V__Kingissepa_nim__kolhoos, lk 24
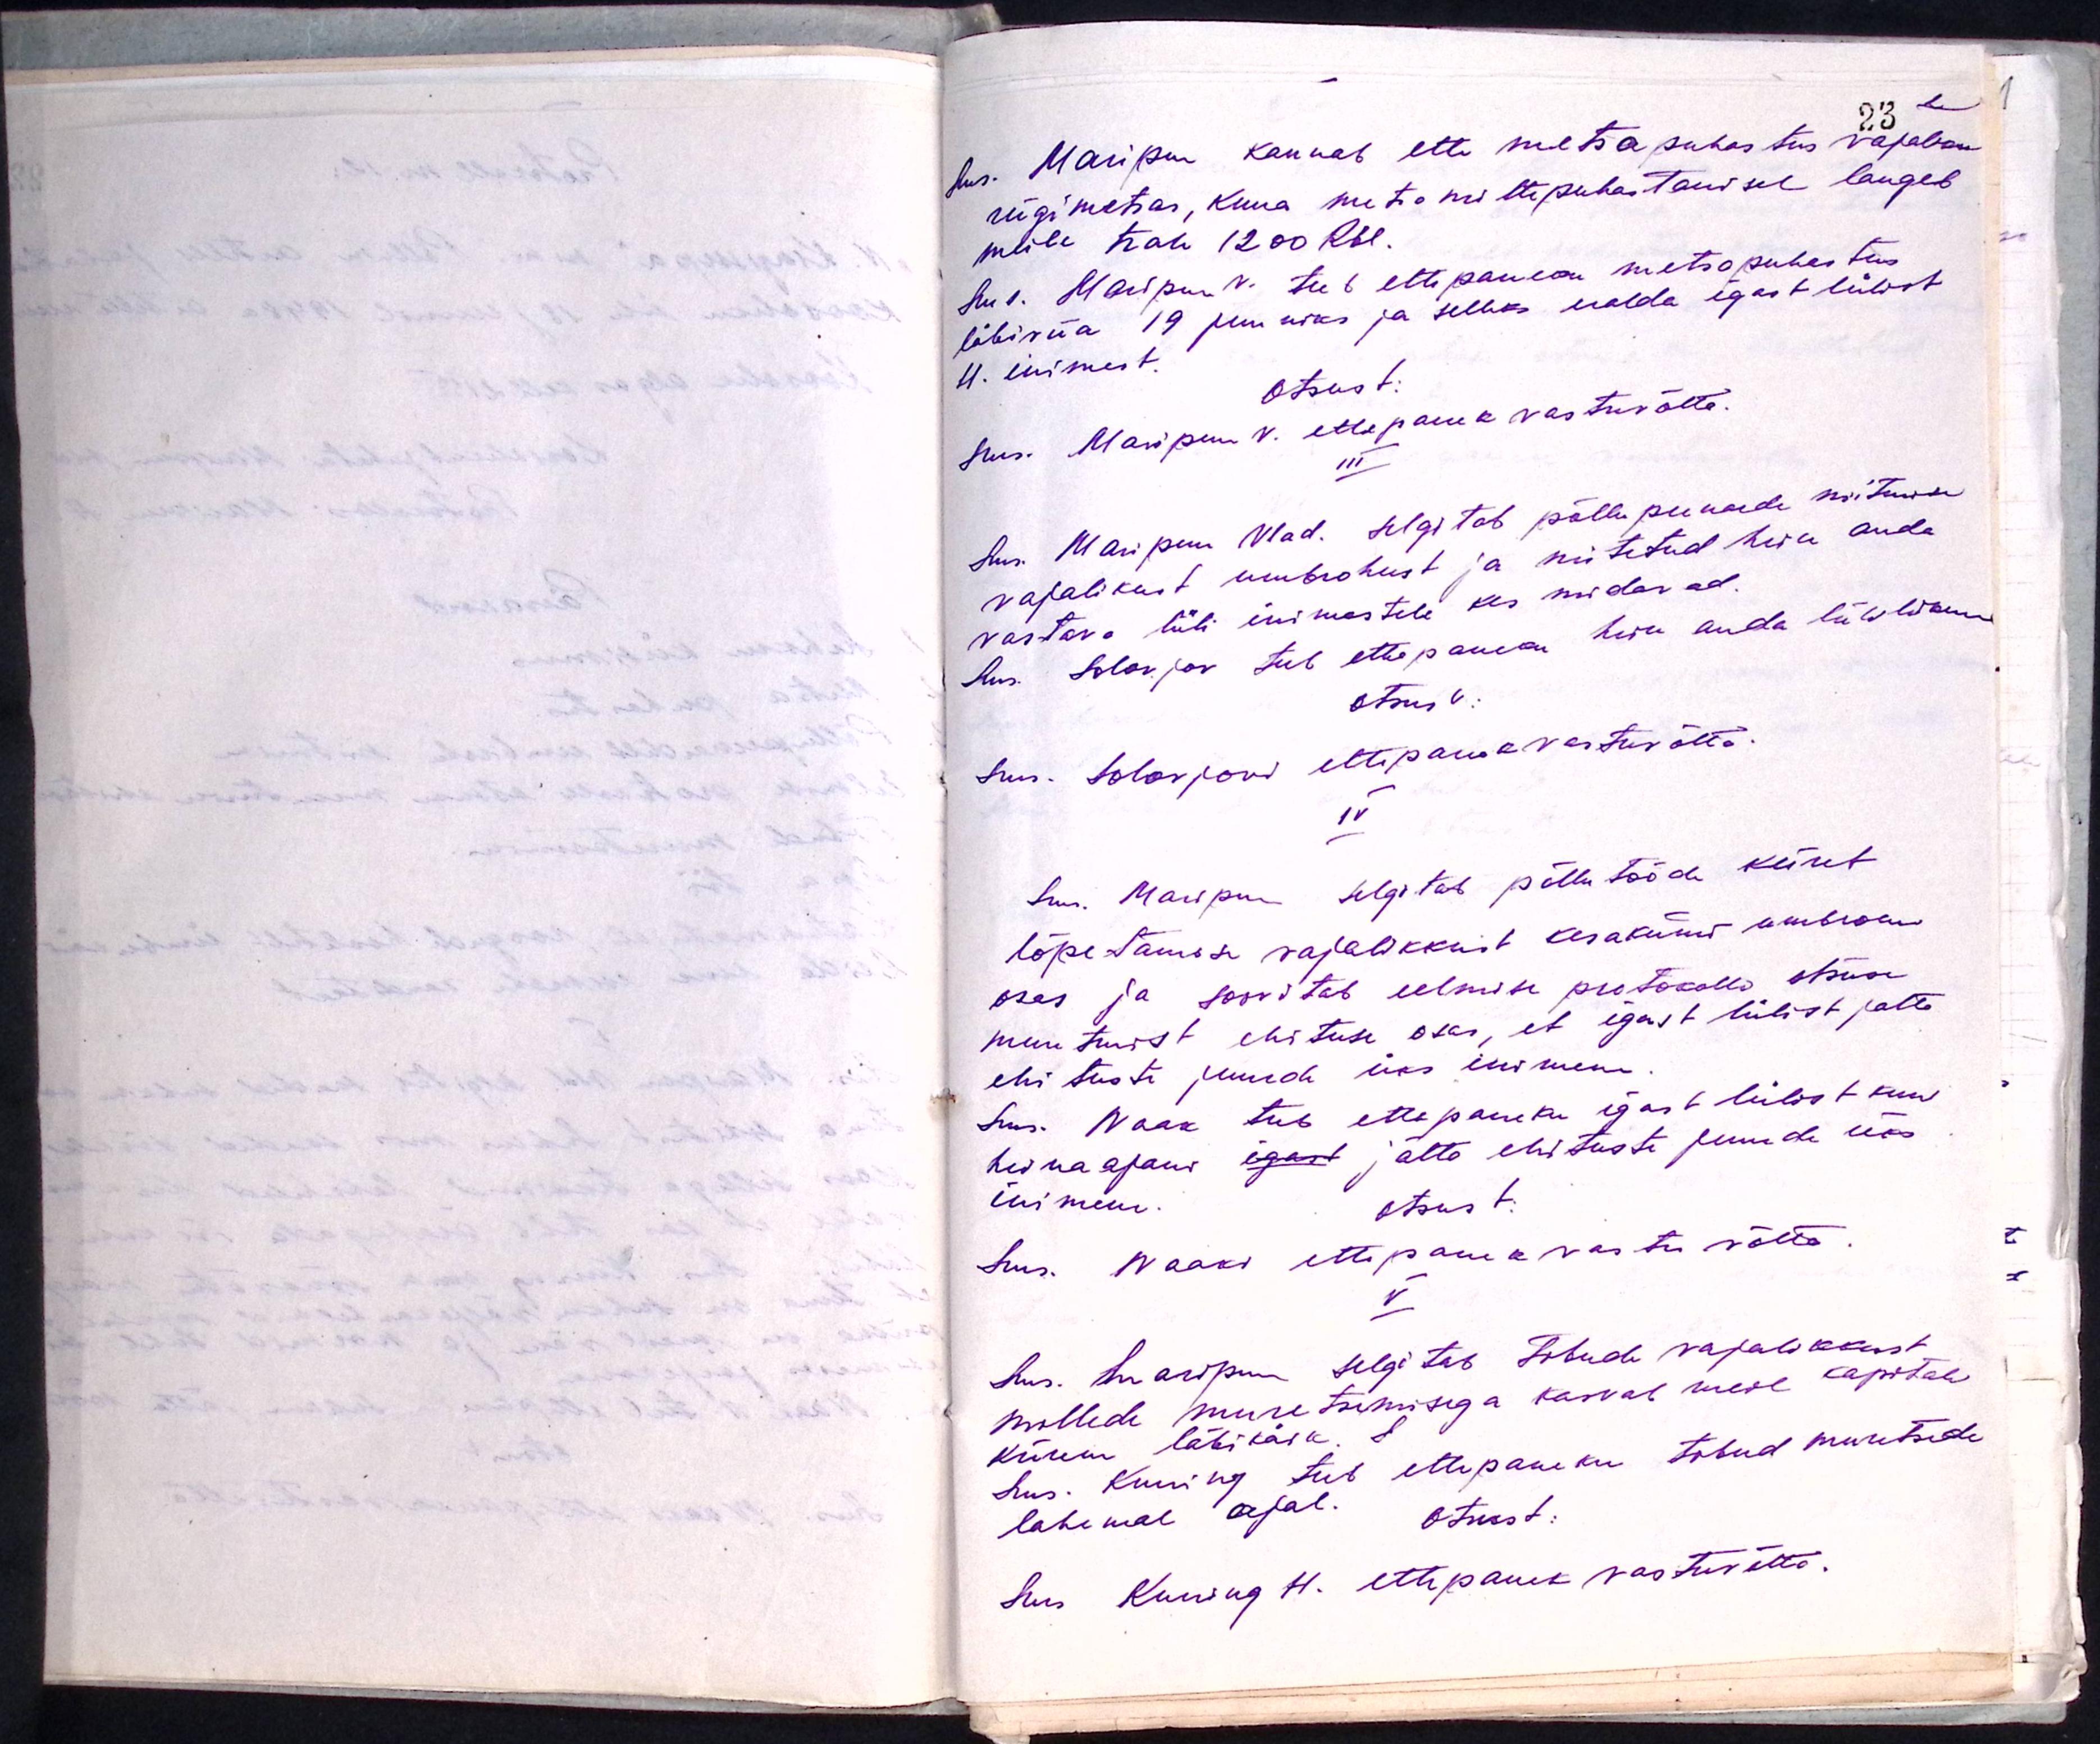
Sms. Maripuu kannab ette metsapuhastus vajavam
riigimetsas, kuna metsa mittepuhastamisel langeb
meile trahv 1200 Rbl.
Sms. Maripuu v. teeb ettepaneku metsapuhastus
läbiviia 19 juuniks ja selleks eralda igast lülist
4. inimest.
Otsust:
Sms. Maripuu V. ettepanek vastuvõtta.
III
Sms. Maripuu Vlad. selgitab põllupeenarde niitmise
vajalikust umbrohust ja niitetud hein anda
vastava lüli inimestele kes niidavad.
Sms Solovjov teeb ettepaneku hein anda lübslikule
Otsus:
Sms. Solovjoni ettepanek vastuvõtta.
IV
Sms. Maripuu selgitab põllutööde kiiret
lõpetamise vajalikkust kesakuu umbrohu
osas ja soovitab eelmise protokolli otsuse
muutmist ehituse osas, et igast lülist jätta
ehituste juurde üks inimene
Sms. Naak teeb ettepaneku igast lülist kuni
heinaajani igast jätta ehituste juurde üks
inimene.
otsust:
Sms. Naaki ettepanek vastu võtta.
V.
Sms. Maripuu selgitab Tibude vajalikust
millede muretsemisega kasvab meie kapital
kiirem läbikäik.
Sms. Kuning teeb ettepaneku tibud muretseda
lahemal ajal. Otsust:
Sms Kuning H. ettepanek vastuvõtta.